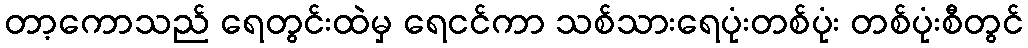
တာ့ကောသည် ရေတွင်းထဲမှ ရေငင်ကာ သစ်သားရေပုံးတစ်ပုံး တစ်ပုံးစီတွင်